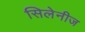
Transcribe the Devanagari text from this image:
सिलेनीज